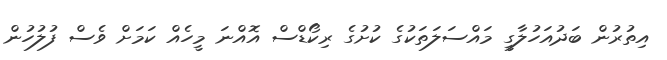
އިތުރުން ބަދުއަހުލާގީ މައްސަލަތަކުގެ ކުށުގެ ރިކޯޑްސް އޮއްނަ މީހެއް ކަމަށް ވެސް ފުލުހުން